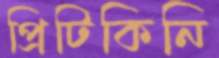
প্রিটিকিনি